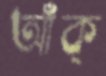
আঁক্‌